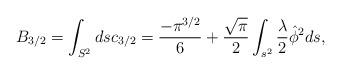
LaTeX: \begin{align*}B_{3/2}= \int_{S^{2}}ds c_{3/2}=\frac{-\pi^{3/2}}{6}+\frac{\sqrt{\pi}}{2}\int_{s^{2}}\frac{\lambda}{2}\hat{\phi}^{2}ds,\end{align*}